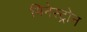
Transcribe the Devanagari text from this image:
मिनेस्ट्रोन